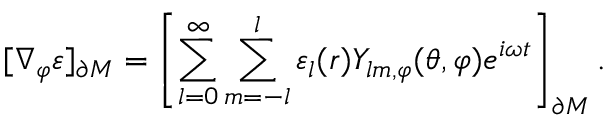
[ \nabla _ { \varphi } \varepsilon ] _ { \partial M } = \left[ \sum _ { l = 0 } ^ { \infty } \sum _ { m = - l } ^ { l } \varepsilon _ { l } ( r ) Y _ { l m , \varphi } ( \theta , \varphi ) e ^ { i \omega t } \right] _ { \partial M } .